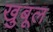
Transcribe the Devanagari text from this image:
खुबूल